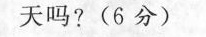
天吗?(6分)